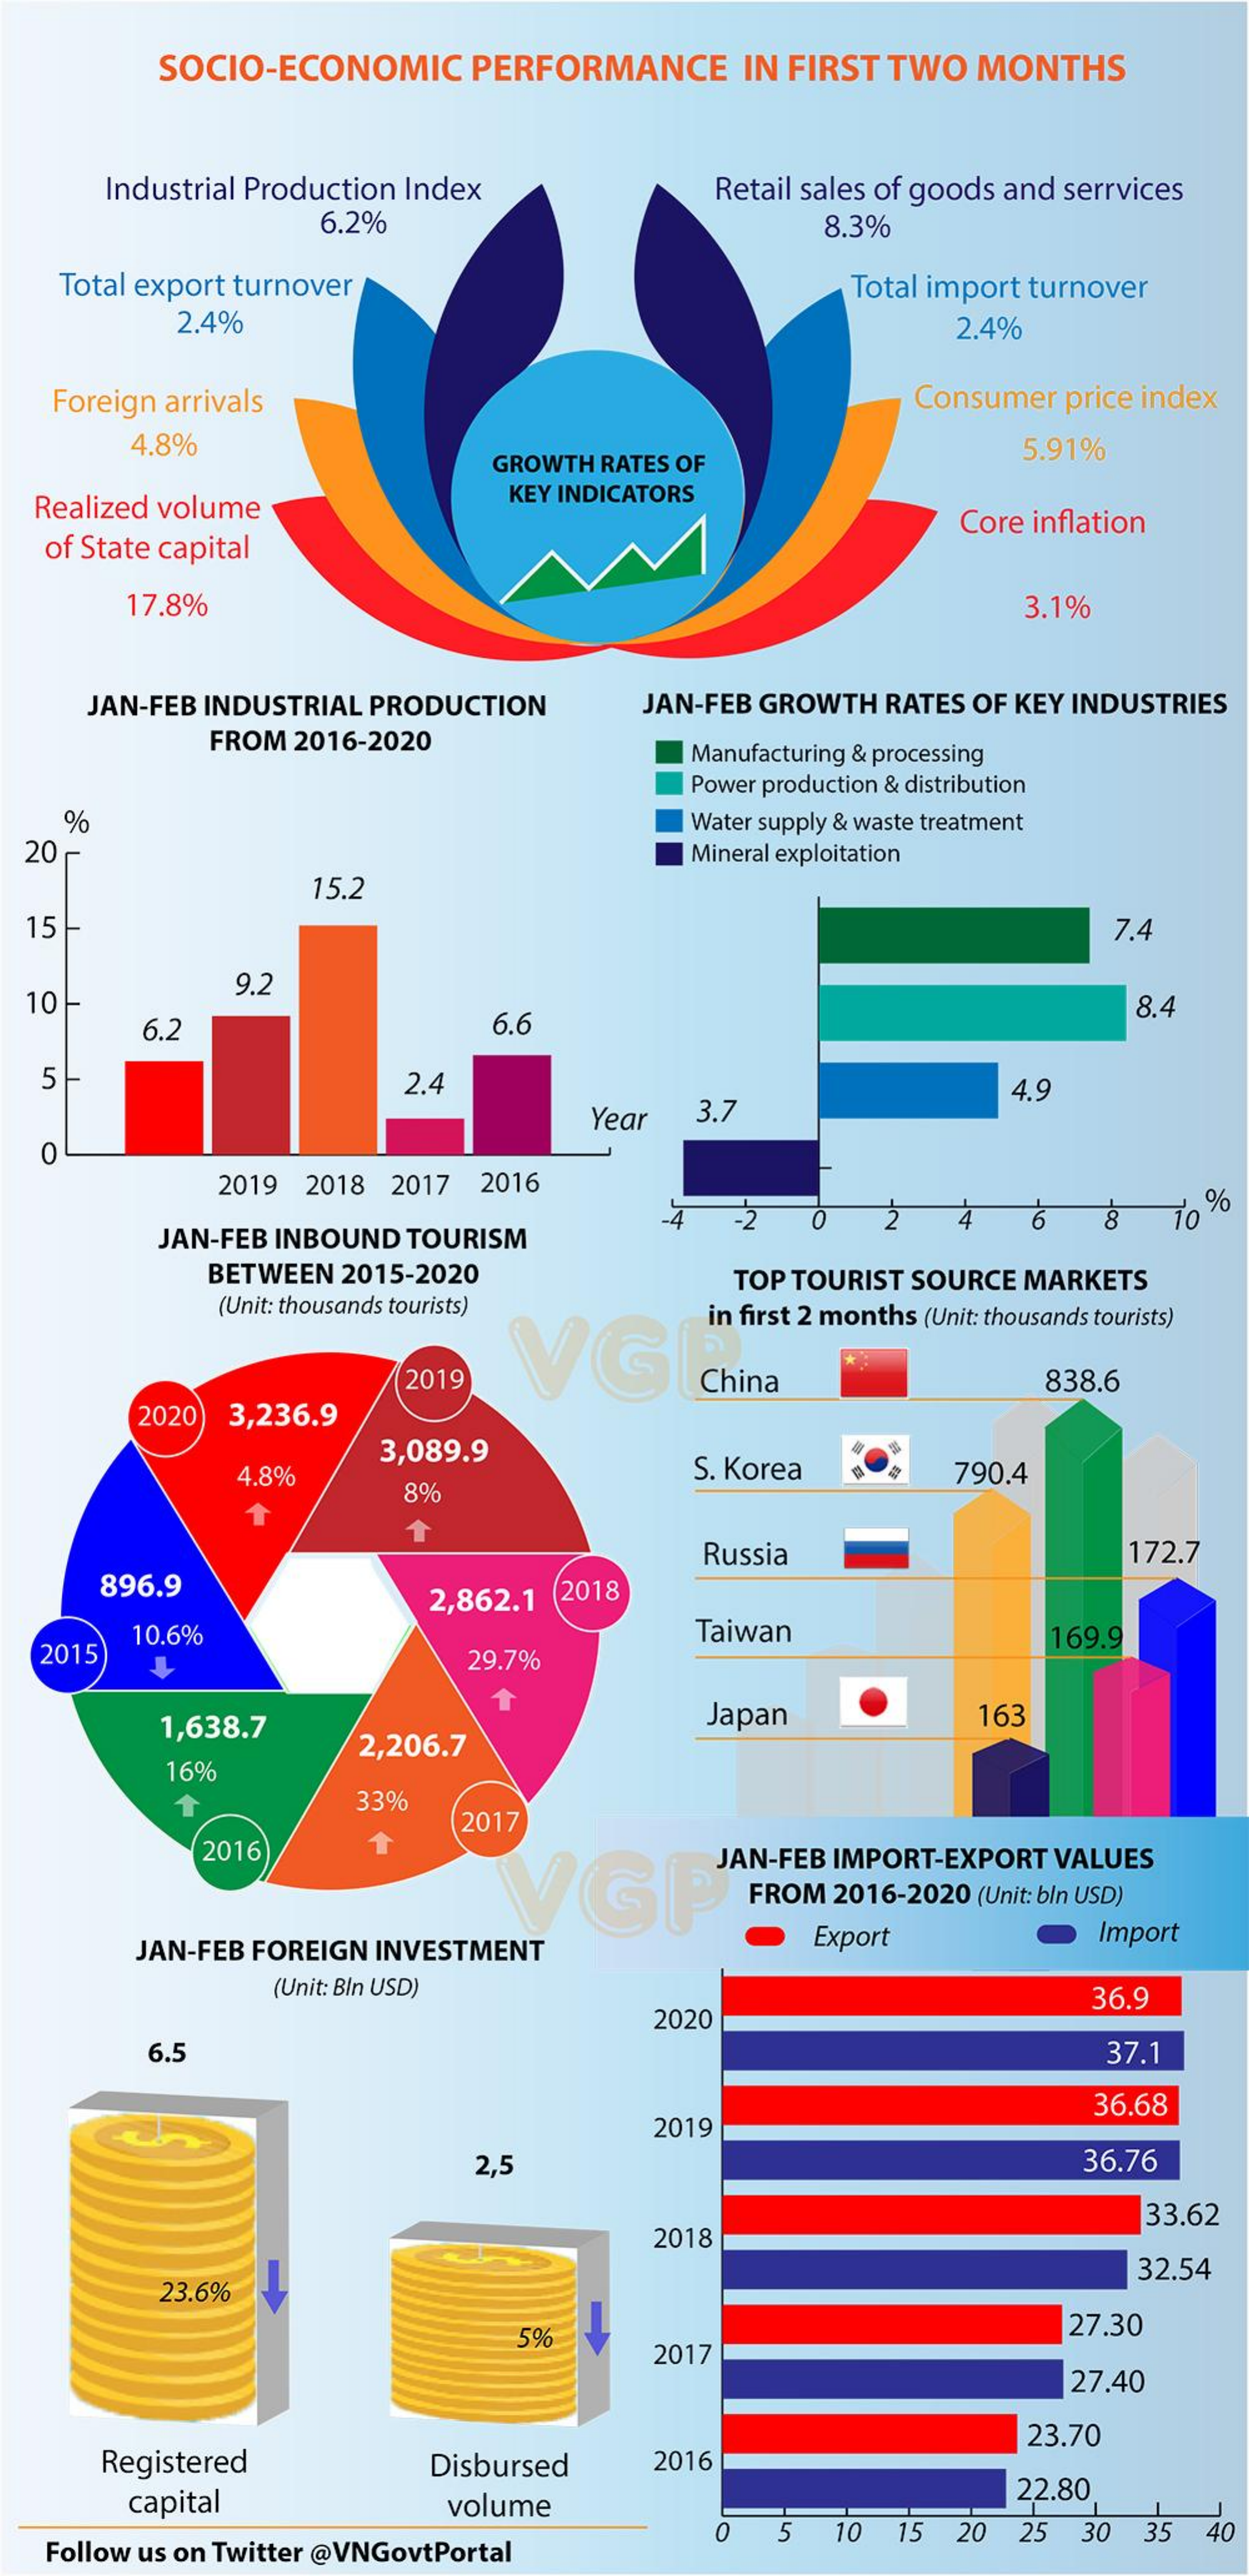
SOCIO-ECONOMIC  PERFORMANCE   IN FIRST TWO MONTHS
     Industrial Production Index    Retail sales of goods and serrvices
     6.2%    8.3%
   Total export turnover    Total import turnover
     2.4%    2.4%
   Foreign arrivals    Consumer price index
     4.8%
     GROWTH RATES OF
     5.91%
  Realized volume
     KEY INDICATORS
   of State capital
     Core inflation
     17.8%    3.1%
     JAN-FEB INDUSTRIAL PRODUCTION JAN-FEB GROWTH RATES OF KEY INDUSTRIES
     FROM 2016-2020
     Manufacturing & processing
     Power production & distribution
    %
  20
     Water supply & waste treatment
     Mineral exploitation
     15.2
  15-    7.4
     9.2
     6.2    6.6
     8.4
   5    2.4
     Year  3.7
     4.9
   0
     2019 2018 2017 2016
     JAN-FEB INBOUND TOURISM
     -4  -2    6   8   To %
     BETWEEN 2015-2020    TOP TOURIST SOURCE MARKETS
     (Unit: thousands tourists)
     G
     in first 2 months (Unit: thousands tourists)
     2019    China    838.6
     2020 3,236.9
     3,089.9
     4.8%    S. Korea
     8%
     790.4
     172.7
     896.9
     Russia
     2,862.1 2018
     Taiwan
   2015
     10.6%
     29.7%
     169.9
     1,638.7
     2,206.7
     Japan    163
     16%
     33%
     2017
     2016
     VGP
     JAN-FEB IMPORT-EXPORT VALUES
     FROM 2016-2020 (Unit: bln USD)
     JAN-FEB FOREIGN INVESTMENT    Export    Import
     (Unit: BIn USD)
     2020
     36.9
     6.5    37.1
     2019
     36.68
     2,5    36.76
     33.62
     2018
     23.6%
     32.54
     5%
     27.30
     2017
     27.40
     Registered    Disbursed
     23.70
     2016
     capital    volume
     22.80
   Follow us on Twitter @VNGovtPortal
     0  5  10 15 20  25 30 35  40